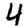
Digit: 4